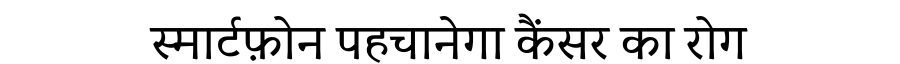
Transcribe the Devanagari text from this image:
स्मार्टफ़ोन पहचानेगा कैंसर का रोग